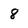
Character: 8